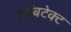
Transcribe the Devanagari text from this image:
ऑबटेक्ट